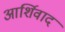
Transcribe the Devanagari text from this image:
आर्शिवाद